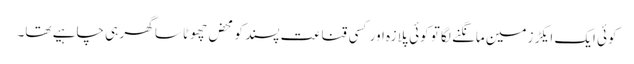
کوئی ایک ایکڑ زمین مانگنے لگا تو کوئی پلازہ اور کسی قناعت پسند کو محض چھوٹا سا گھر ہی چاہیے تھا۔